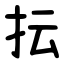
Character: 抎